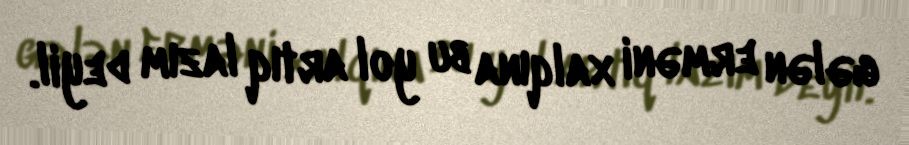
gələn erməni xalqına bu yol artıq lazım deyil.